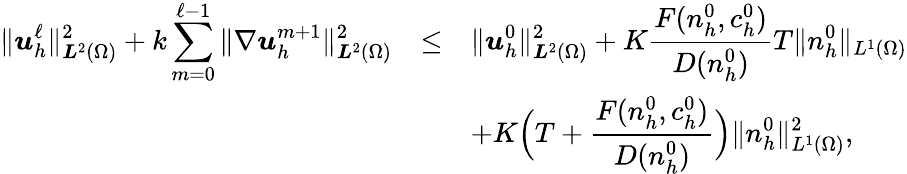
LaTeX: \begin{array}{rcl}{\displaystyle\| {\boldsymbol u}_{h}^{\ell}\| _{{\boldsymbol L}^{2}(\Omega)}^{2}+k\sum_{m=0}^{\ell-1}\| \nabla{\boldsymbol u}_{h}^{m+1}\| _{{\boldsymbol L}^{2}(\Omega)}^{2}}&{\le}&{\displaystyle\| {\boldsymbol u}_{h}^{0}\| _{{\boldsymbol L}^{2}(\Omega)}^{2}+K\frac{F(n_{h}^{0},c_{h}^{0})}{D(n_{h}^{0})}T\| n_{h}^{0}\| _{L^{1}(\Omega)}}\\ &&{\displaystyle+K\Big(T+\frac{F(n_{h}^{0},c_{h}^{0})}{D(n_{h}^{0})}\Big)\| n_{h}^{0}\| _{L^{1}(\Omega)}^{2},}\end{array}